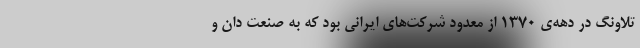
تلاونگ در دهه‌ی ۱۳۷۰ از معدود شرکت‌های ایرانی بود که به صنعت دان و